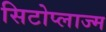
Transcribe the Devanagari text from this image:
सिटोप्लाज्म